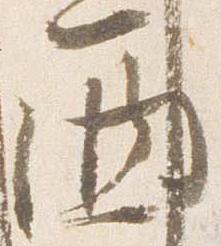
西